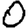
Digit: 0